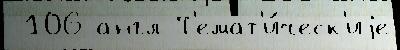
 106 англ Т'емат'и́ческ'иjе